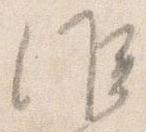
候